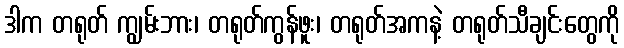
ဒါက တရုတ် ကျွမ်းဘား၊ တရုတ်ကွန်ဖူး၊ တရုတ်အကနဲ့ တရုတ်သီချင်းတွေကို